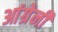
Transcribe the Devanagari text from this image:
आंग्रेनी